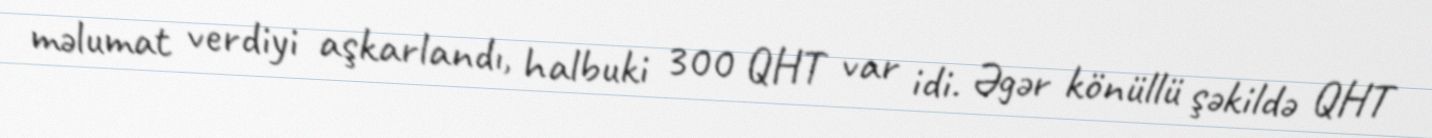
məlumat verdiyi aşkarlandı, halbuki 300 QHT var idi. Əgər könüllü şəkildə QHT